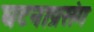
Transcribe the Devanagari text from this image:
घटनाप्रसंग